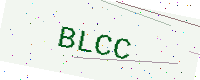
Text: BLCC